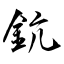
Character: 鈧